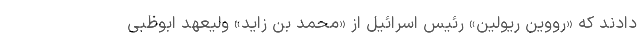
دادند که «رووین ریولین» رئیس اسرائیل از «محمد بن زاید» ولیعهد ابوظبی